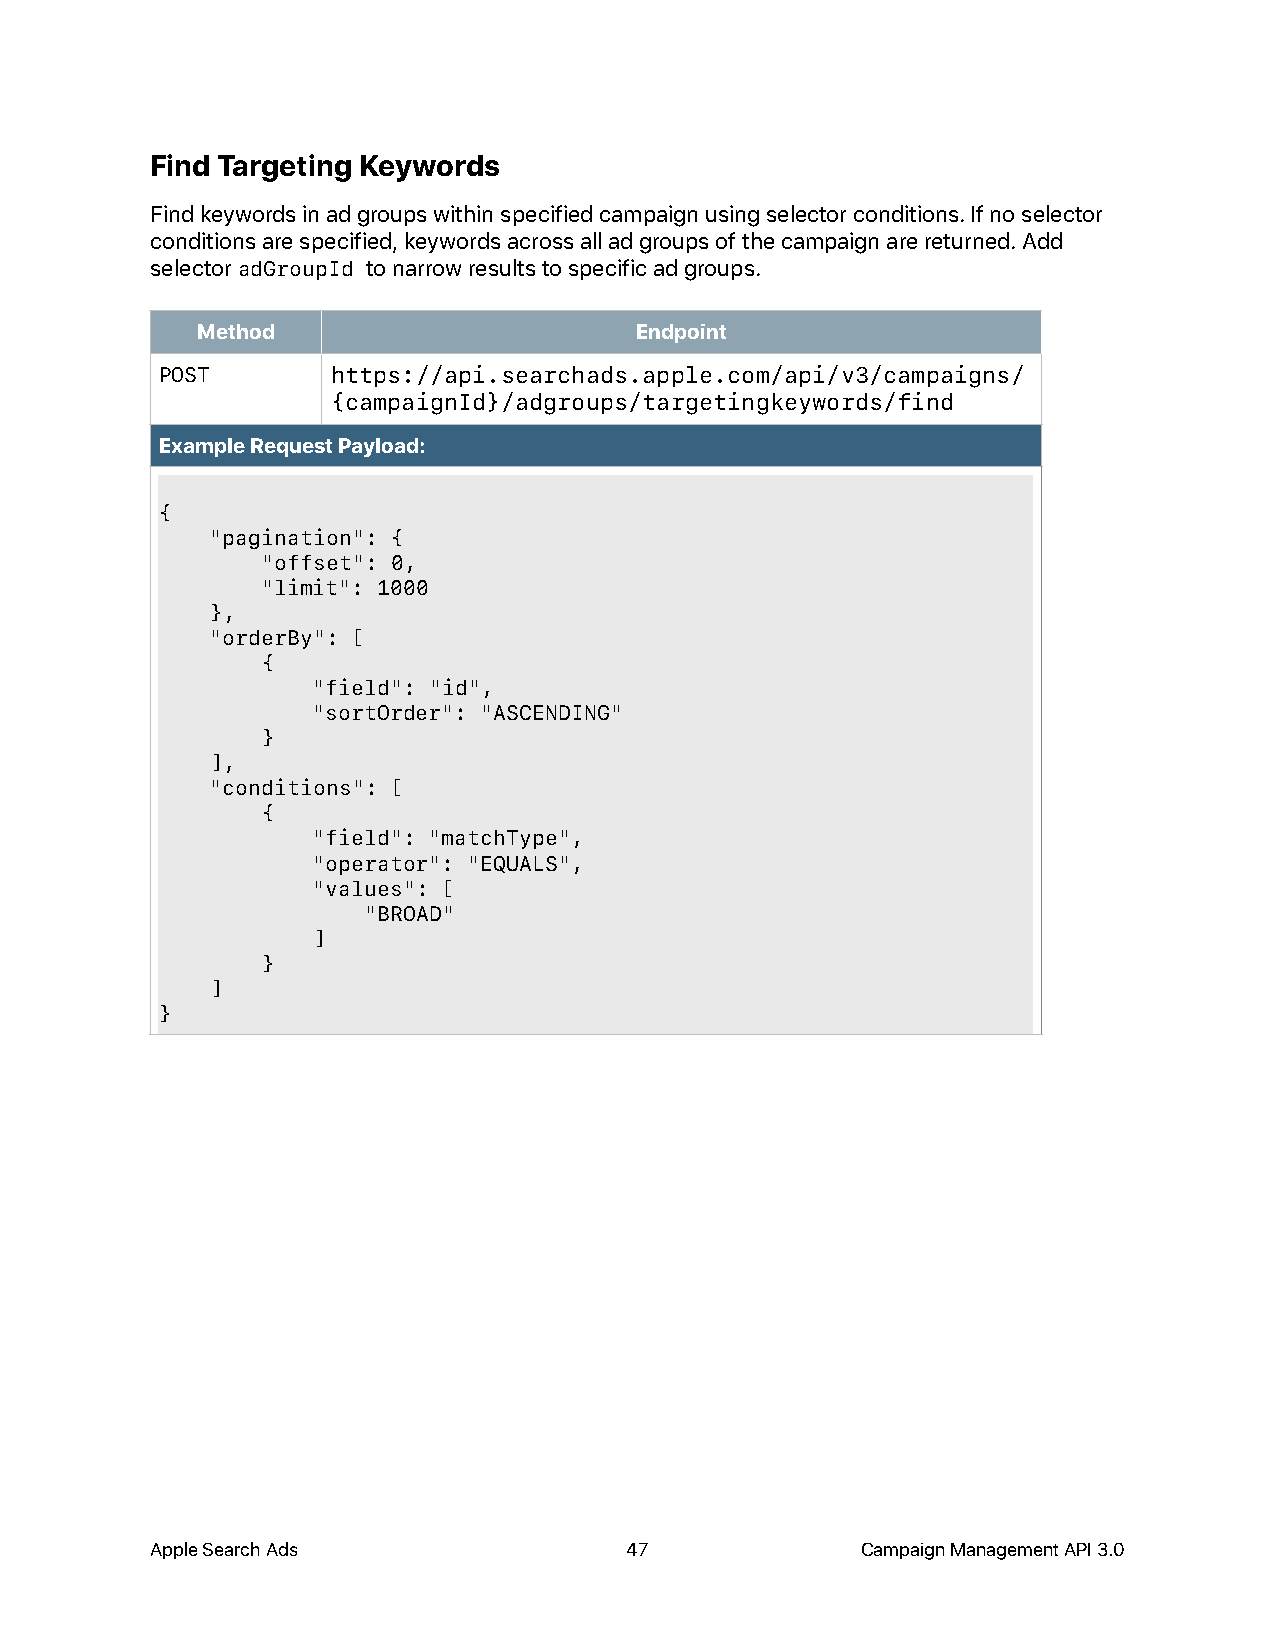
Find Targeting Keywords
 Find keywords in ad groups within specified campaign using selector conditions. If no selector
 conditions are specified, keywords across all ad groups of the campaign are returned. Add
 selector adGroupId to narrow results to specific ad groups.
 Method                       Endpoint
 POST       https://api.searchads.apple.com/api/v3/campaigns/
 {campaignId}/adgroups/targetingkeywords/find
 Example Request Payload:
 {
 "pagination": {
 "offset": 0,
 "limit": 1000
 },
 "orderBy": [
 {
 "field": "id",
 "sortOrder": "ASCENDING"
 }
 ],
 "conditions": [
 {
 "field": "matchType",
 "operator": "EQUALS",
 "values": [
 "BROAD"
 ]
 }
 ]
 }
 Apple Search Ads               47              Campaign Management API 3.0